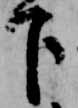
下